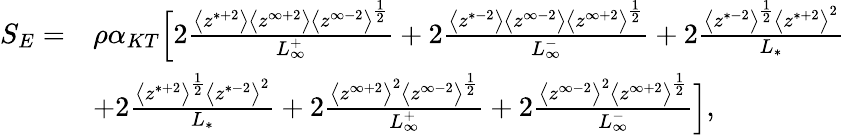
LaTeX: \begin{array}{rl}{S_{E}=}&{\rho\alpha_{KT}\Big[2\frac{\big<z^{*+2}\big>\big<z^{\infty+2}\big>\big<z^{\infty-2}\big>^{\frac{1}{2}}}{L_{\infty}^{+}}+2\frac{\big<z^{*-2}\big>\big<z^{\infty-2}\big>\big<z^{\infty+2}\big>^{\frac{1}{2}}}{L_{\infty}^{-}}+2\frac{\big<z^{*-2}\big>^{\frac{1}{2}}\big<z^{*+2}\big>^{2}}{L_{*}}}\\ &{+2\frac{\big<z^{*+2}\big>^{\frac{1}{2}}\big<z^{*-2}\big>^{2}}{L_{*}}+2\frac{\big<z^{\infty+2}\big>^{2}\big<z^{\infty-2}\big>^{\frac{1}{2}}}{L_{\infty}^{+}}+2\frac{\big<z^{\infty-2}\big>^{2}\big<z^{\infty+2}\big>^{\frac{1}{2}}}{L_{\infty}^{-}}\Big],}\end{array}